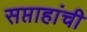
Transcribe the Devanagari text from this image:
सप्ताहांची